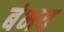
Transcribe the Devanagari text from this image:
बंभय